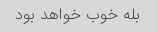
بله خوب خواهد بود